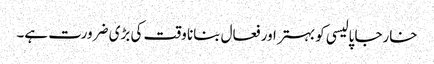
خارجا پالیسی کو بہتر اور فعال بنانا وقت کی بڑی ضرورت ہے۔